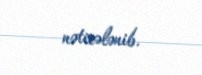
nəticələnib.